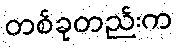
တစ်ခုတည်းက